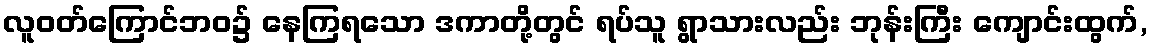
လူဝတ်ကြောင်ဘဝ၌ နေကြရသော ဒကာတို့တွင် ရပ်သူ ရွာသားလည်း ဘုန်းကြီး ကျောင်းထွက်,